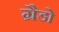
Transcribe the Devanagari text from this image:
ग्रैडो